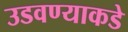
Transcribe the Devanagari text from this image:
उडवण्याकडे